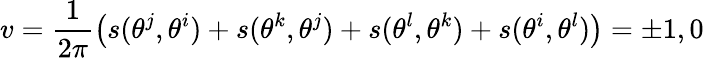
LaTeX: v=\frac 1{2\pi}\left(s(\theta^{j},\theta^{i})+s(\theta^{k},\theta^{j})+s(\theta^{l},\theta^{k})+s(\theta^{i},\theta^{l})\right)=\pm 1,0